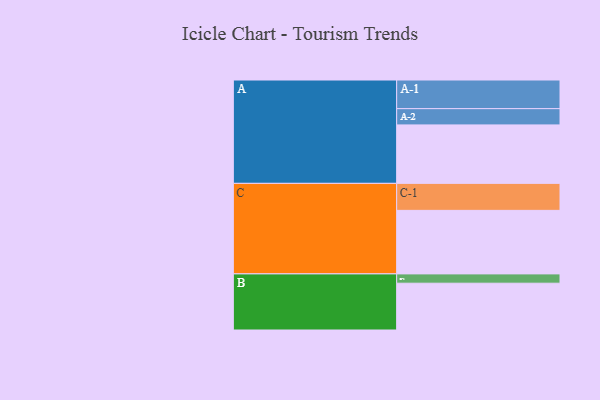
{"axis": {"x": "Segment", "y": "Value"}, "legend": ["", "A", "B", "C"], "data": [{"x": "A", "y": 496, "type": ""}, {"x": "B", "y": 397, "type": ""}, {"x": "C", "y": 539, "type": ""}, {"x": "A-1", "y": 243, "type": "A"}, {"x": "A-2", "y": 138, "type": "A"}, {"x": "B-1", "y": 79, "type": "B"}, {"x": "C-1", "y": 229, "type": "C"}]}